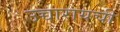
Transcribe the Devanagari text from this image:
उच्चारायची